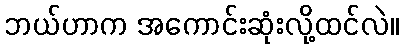
ဘယ်ဟာက အကောင်းဆုံးလို့ထင်လဲ။